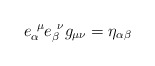
\begin{align*}e_\alpha^{\ \mu}e_\beta^{\ \nu}g_{\mu\nu}=\eta_{\alpha\beta}\end{align*}